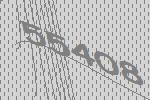
55408